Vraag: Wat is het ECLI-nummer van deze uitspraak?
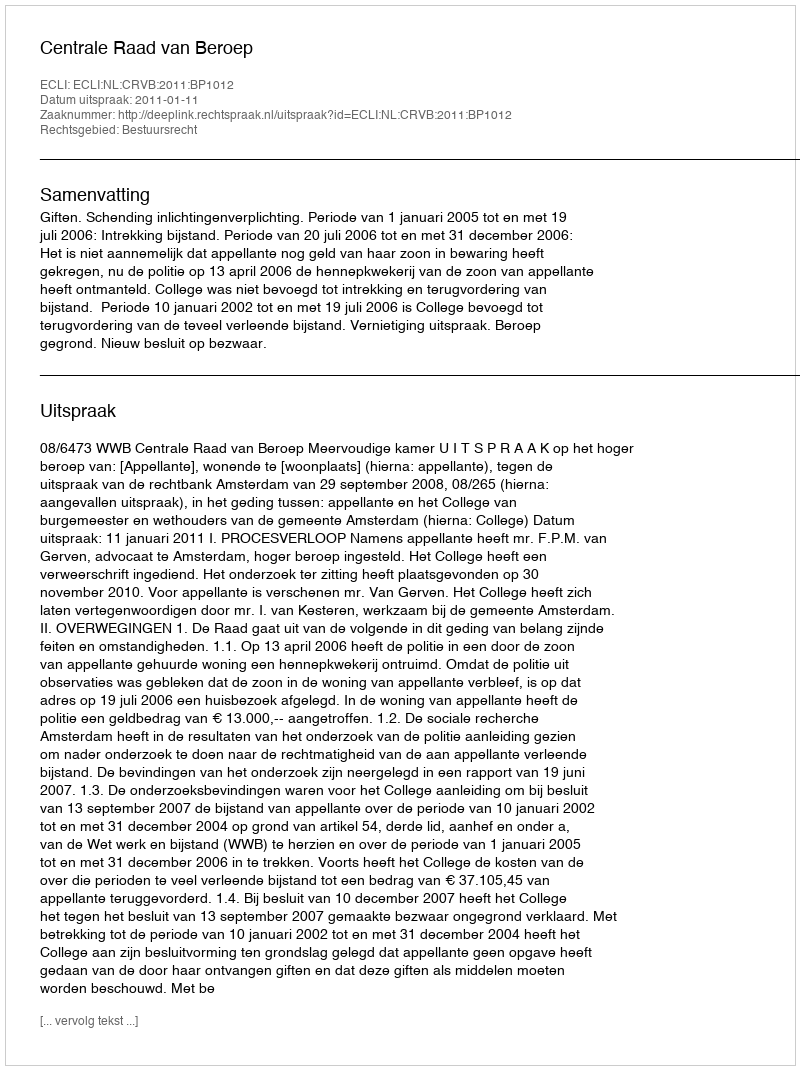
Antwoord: ECLI:NL:CRVB:2011:BP1012